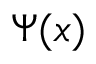
\Psi ( x )